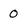
Character: 0